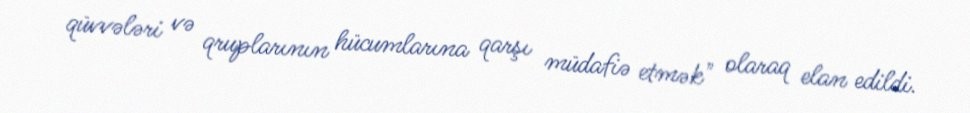
qüvvələri və qruplarının hücumlarına qarşı müdafiə etmək" olaraq elan edildi.